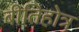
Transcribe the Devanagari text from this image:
बीतिहोत्र